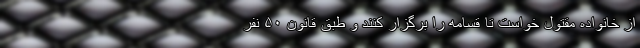
از خانواده مقتول خواست تا قسامه را برگزار کنند و طبق قانون ۵۰ نفر